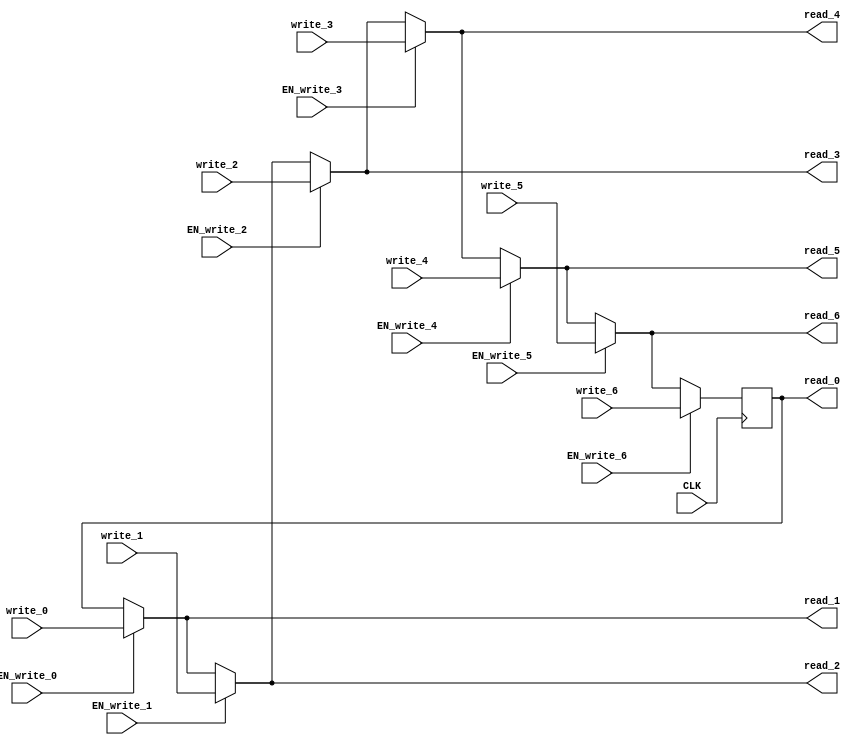
module EHRU_7 (
    CLK,
    read_0,
    write_0,
    EN_write_0,
    read_1,
    write_1,
    EN_write_1,
    read_2,
    write_2,
    EN_write_2,
    read_3,
    write_3,
    EN_write_3,
    read_4,
    write_4,
    EN_write_4,
    read_5,
    write_5,
    EN_write_5,
    read_6,
    write_6,
    EN_write_6
);
    parameter            DATA_SZ = 1;
    parameter            RESET_VAL = 0;

    input                CLK;
    output [DATA_SZ-1:0] read_0;
    input  [DATA_SZ-1:0] write_0;
    input                EN_write_0;
    output [DATA_SZ-1:0] read_1;
    input  [DATA_SZ-1:0] write_1;
    input                EN_write_1;
    output [DATA_SZ-1:0] read_2;
    input  [DATA_SZ-1:0] write_2;
    input                EN_write_2;
    output [DATA_SZ-1:0] read_3;
    input  [DATA_SZ-1:0] write_3;
    input                EN_write_3;
    output [DATA_SZ-1:0] read_4;
    input  [DATA_SZ-1:0] write_4;
    input                EN_write_4;
    output [DATA_SZ-1:0] read_5;
    input  [DATA_SZ-1:0] write_5;
    input                EN_write_5;
    output [DATA_SZ-1:0] read_6;
    input  [DATA_SZ-1:0] write_6;
    input                EN_write_6;

    reg    [DATA_SZ-1:0] r;
    wire   [DATA_SZ-1:0] wire_0;
    wire   [DATA_SZ-1:0] wire_1;
    wire   [DATA_SZ-1:0] wire_2;
    wire   [DATA_SZ-1:0] wire_3;
    wire   [DATA_SZ-1:0] wire_4;
    wire   [DATA_SZ-1:0] wire_5;
    wire   [DATA_SZ-1:0] wire_6;
    wire   [DATA_SZ-1:0] wire_7;

    assign wire_0 = r;
    assign wire_1 = EN_write_0 ? write_0 : wire_0;
    assign wire_2 = EN_write_1 ? write_1 : wire_1;
    assign wire_3 = EN_write_2 ? write_2 : wire_2;
    assign wire_4 = EN_write_3 ? write_3 : wire_3;
    assign wire_5 = EN_write_4 ? write_4 : wire_4;
    assign wire_6 = EN_write_5 ? write_5 : wire_5;
    assign wire_7 = EN_write_6 ? write_6 : wire_6;

    assign read_0 = wire_0;
    assign read_1 = wire_1;
    assign read_2 = wire_2;
    assign read_3 = wire_3;
    assign read_4 = wire_4;
    assign read_5 = wire_5;
    assign read_6 = wire_6;

    always @(posedge CLK) begin
        r <= wire_7;
    end
endmodule